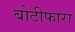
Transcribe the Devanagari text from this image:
बोटीफारा